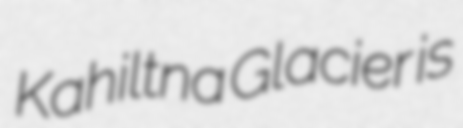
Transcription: Kahiltna Glacier is